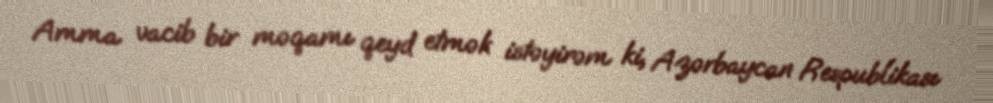
Amma vacib bir məqamı qeyd etmək istəyirəm ki, Azərbaycan Respublikası